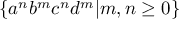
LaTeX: \{ a ^ { n } b ^ { m } c ^ { n } d ^ { m } | m , n \geq 0 \}